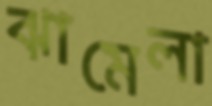
ঝামেলা